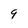
Character: 9